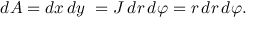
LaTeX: d A = d x \, d y \ = J \, d r \, d \varphi = r \, d r \, d \varphi .